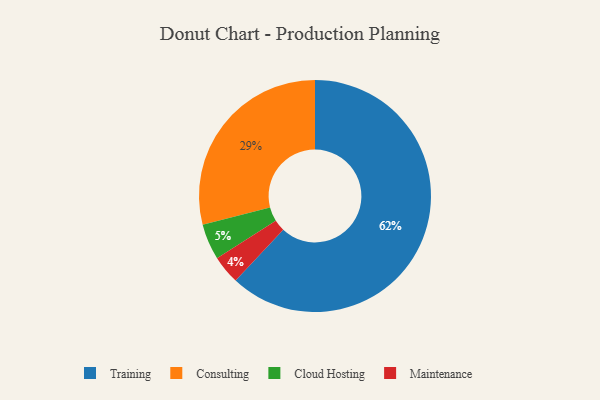
{"axis": {"x": "Category", "y": "Percentage"}, "legend": ["Cloud Hosting", "Consulting", "Maintenance", "Training"], "data": [{"x": "Consulting", "y": 29, "type": "Consulting"}, {"x": "Cloud Hosting", "y": 5, "type": "Cloud Hosting"}, {"x": "Training", "y": 62, "type": "Training"}, {"x": "Maintenance", "y": 4, "type": "Maintenance"}]}